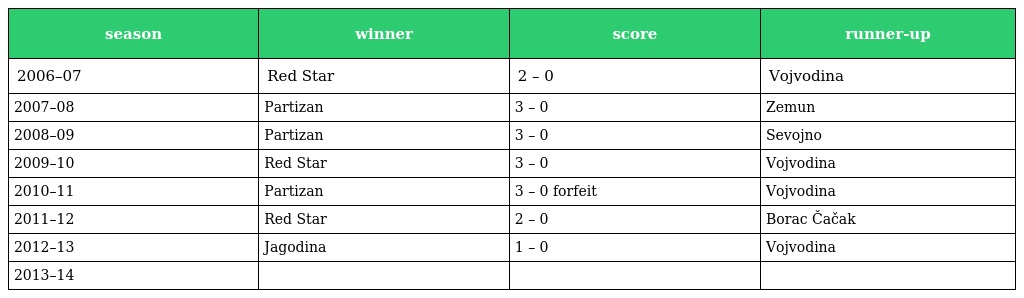
| season | winner | score | runner-up |
 | --- | --- | --- | --- |
 | 2006–07 | Red Star | 2 – 0 | Vojvodina |
 | 2007–08 | Partizan | 3 – 0 | Zemun |
 | 2008–09 | Partizan | 3 – 0 | Sevojno |
 | 2009–10 | Red Star | 3 – 0 | Vojvodina |
 | 2010–11 | Partizan | 3 – 0 forfeit | Vojvodina |
 | 2011–12 | Red Star | 2 – 0 | Borac Čačak |
 | 2012–13 | Jagodina | 1 – 0 | Vojvodina |
 | 2013–14 |  |  |  |